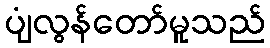
ပျံလွန်တော်မူသည်